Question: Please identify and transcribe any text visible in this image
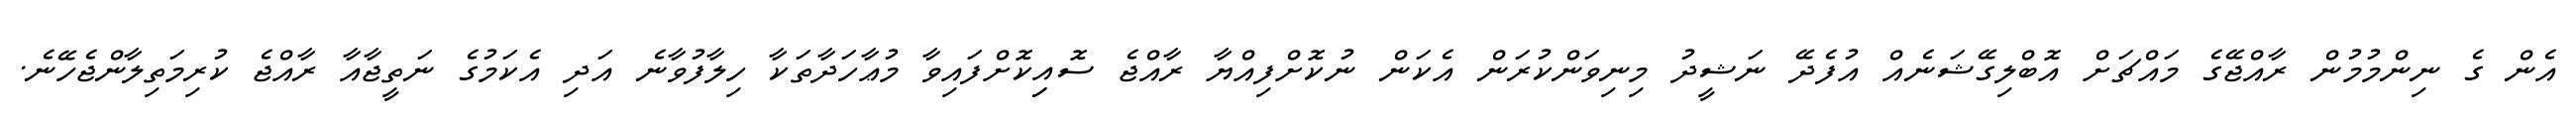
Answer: އެން ގެ ނިންމުމުން ރާއްޖޭގެ މައްޗަށް އޮބްލިގޭޝަނެއް އުފެދޭ ނަޝީދު މިނިވަންކުރަން އެކަން ނުކޮށްފިއްޔާ ރާއްޖެ ސޮއިިކޮށްފައިވާ މުޢާހަދާތަކާ ހިލާފުވާނެ އަދި އެކަމުގެ ނަތީޖާއާ ރާއްޖެ ކުރިމަތިލާންޖެހޭނެ.